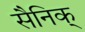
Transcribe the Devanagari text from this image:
सैनिक्